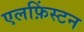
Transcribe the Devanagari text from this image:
एलफ़िंस्टन